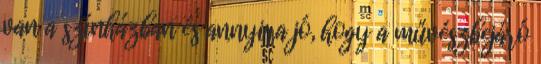
van a színházban és annyira jó, hogy a művészbejáró